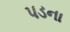
પડના